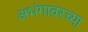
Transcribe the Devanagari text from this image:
अभंगावरच्या